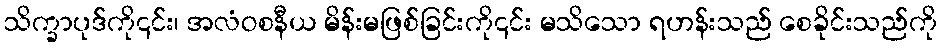
သိက္ခာပုဒ်ကို၎င်း၊ အလံဝစနီယ မိန်းမဖြစ်ခြင်းကို၎င်း မသိသော ရဟန်းသည် စေခိုင်းသည်ကို